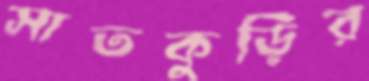
সাতকুড়ির